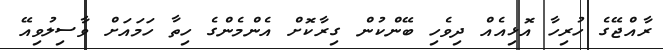
ރާއްޖޭގެ ހުރިހާ އޮޅިއެއް ދިވެހި ބޭންކުން ގިރާކޮށް އެންމެންގެ ހިތާ ހަމައަށް ވާސިލުވިއޭ